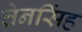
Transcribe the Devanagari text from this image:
तेनसिंह